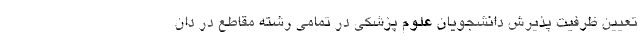
تعیین ظرفیت پذیرش دانشجویان علوم پزشکی در تمامی رشته مقاطع در دان